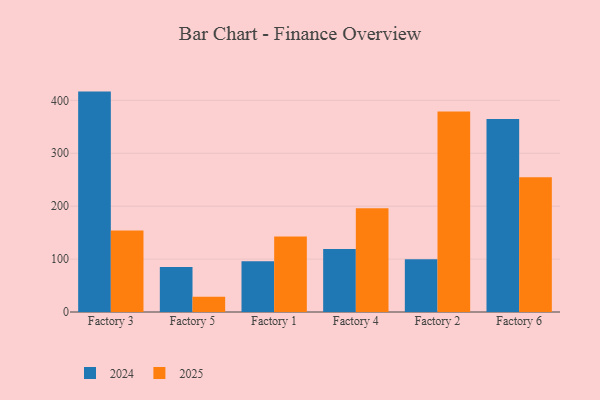
{"axis": {"x": "Factory", "y": "Bounce Rate (%)"}, "legend": ["2024", "2025"], "data": [{"x": "Factory 3", "y": 416.6, "type": "2024"}, {"x": "Factory 3", "y": 153.9, "type": "2025"}, {"x": "Factory 5", "y": 85.1, "type": "2024"}, {"x": "Factory 5", "y": 28.6, "type": "2025"}, {"x": "Factory 1", "y": 95.8, "type": "2024"}, {"x": "Factory 1", "y": 142.7, "type": "2025"}, {"x": "Factory 4", "y": 119.2, "type": "2024"}, {"x": "Factory 4", "y": 196.1, "type": "2025"}, {"x": "Factory 2", "y": 99.9, "type": "2024"}, {"x": "Factory 2", "y": 378.9, "type": "2025"}, {"x": "Factory 6", "y": 364.8, "type": "2024"}, {"x": "Factory 6", "y": 254.8, "type": "2025"}]}